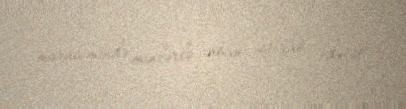
mərasimində minlərlə insan iştirak edəcək.